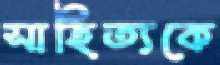
সাহিত্যকে